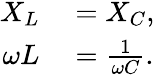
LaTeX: \begin{array}{rl}{X_{L}}&{{}=X_{C},}\\ {\omega L}&{{}={\frac{1}{\omega C}}.}\end{array}